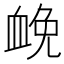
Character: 𧖵